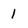
Character: I